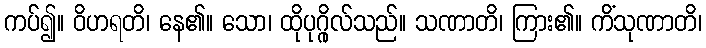
ကပ်၍။ ဝိဟရတိ၊ နေ၏။ သော၊ ထိုပုဂ္ဂိုလ်သည်။ သဏာတိ၊ ကြား၏။ ကိံသုဏာတိ၊